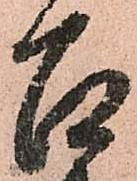
召